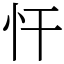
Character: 忓